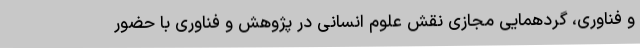
و فناوری، گردهمایی مجازی نقش علوم انسانی در پژوهش و فناوری با حضور